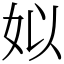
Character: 姒